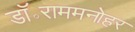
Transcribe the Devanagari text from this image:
डॉ॰राममनोहर